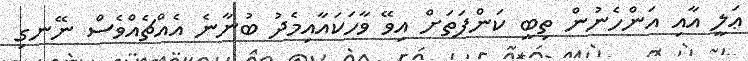
ޢަލީ އާއި އަންހެނުން ތިބީ ކަންފަތަށް އިވޭ ވާހަކައާއިމެދު ބުނާނެ އެއްޗެއްވެސް ނޭނގި